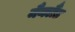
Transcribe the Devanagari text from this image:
मैनलैंड